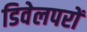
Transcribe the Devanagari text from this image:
डिवेलपरों